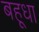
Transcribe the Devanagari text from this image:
बहूधा